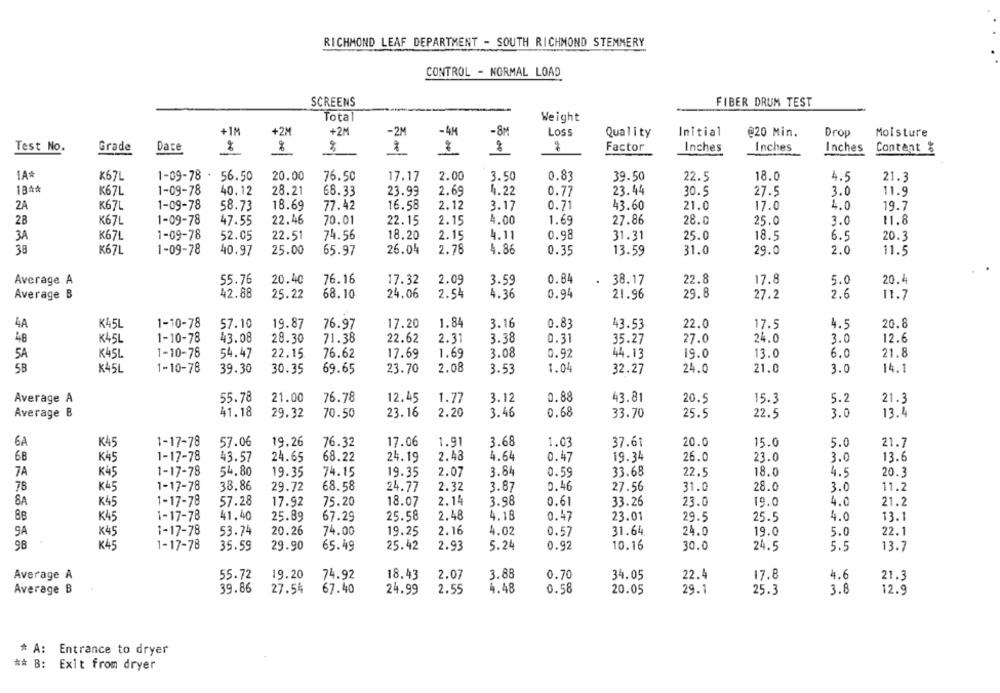
RICHMOND LEAF DEPARTMENT - SOUTH RICHMOND STEMMERY
CONTROL - NORMAL LOAD
SCREENS
FIBER DRUM TEST
Total
Weight
a
+2M
-8M
Loss
Initial
Moisture
+1M
+2M
30
-2M
Quality
@20 Min.
Drop
Test No.
Grade
Date
Factor
Inches
Inches
Inches
Content %
1A
K67L
1-09-78 .
56.50
20.00
76.50
17.17
2.00
3.50
0.83
39.50
22.5
18.0
4.5
21.3
1BA*
K67L
1-09-78
40.12
28.21
68.33
23.99
2.69
4.22
0.77
23.44
30.5
27.5
3.0
11.9
2A
K67L
1-09-78
58.73
18.69
77.42
16.58
2.12
3.17
0.71
43.60
21.0
17.0
4.0
19.7
28
K67L
1-09-78
47.55
22.46
70.01
22.15
2.15
4.00
1.69
27.86
28.0
25.0
3.0
11.8
K67L
1-09-78
52.05
22.51
74.56
18.20
2.15
4.11
0.98
31.31
25.0
18.5
6.5
20.3
3A
38
1-09-78
4.86
2.0
K67L
40.97
25.00
65.97
26.04
2.78
0.35
13.59
31.0
29.0
11.5
Average A
55.76
20.40
76.16
17.32
2.09
3.59
0.84
.
38.17
22.8
17.8
5.0
20.4
Average B
42.88
25.22
68.10
24.06
2.54
4.36
0.94
21.96
29.8
27.2
2.6
11.7
4A
K45L
1-10-78
57.10
19.87
76.97
17.20
1.84
3.16
0.83
43.53
22.0
17.5
4.5
20.8
48
K45L
1-10-78
43.08
28.30
71.38
22.62
2.31
3.38
0.31
35.27
24.0
3.0
12.6
27.0
K45L
1-10-78
54.47
22.15
76.62
17.69
1.69
3.08
0.92
44.13
19.0
13.0
6.0
21.8
5A
5B
2.08
K45L
1-10-78
39.30
30.35
69.65
23.70
3.53
1.04
32.27
24.0
21.0
3.0
14.1
Average A
55.78
21.00
76.78
12.45
1.77
3.12
0.88
43.81
20.5
15.3
5.2
21.3
Average B
41.18
29.32
70.50
23.16
2.20
3.46
0.68
33.70
25.5
22.5
3.0
13.4
6A
K4
1-17-78
57.06
19.26
76.32
17.06
1.91
3.68
1.03
37.61
20.0
15.0
5.0
21.7
6B
K4
1-17-78
43.57
24.65
68.22
24.19
2.48
4.64
0.47
19.34
26.0
23.0
3.0
13.6
18.0
7A
K45
1-17-78
54.80
19.35
74.15
19.35
2.07
3.84
0.59
33.68
22.5
4.5
20.3
78
K45
1-17-78
38.86
29.72
68.58
24.77
2.32
3.87
0.46
27.56
31.0
28.0
3.0
11.2
8A
K45
1-17-78
57.28
17.92
75.20
18.07
2.14
3.98
0.61
33.26
23.0
19.0
4.0
21.2
8B
K45
1-17-78
41.40
25.89
67.29
25.58
2.48
4.18
0.47
23.01
29.5
25.5
4.0
13.1
9A
K45
1-17-78
53.74
20.26
74.00
19.25
2.16
4.02
0.57
31.64
24.0
19.0
5.0
22.1
98
K45
1-17-78
35.59
29.90
65.49
25.42
2.93
5.24
0.92
10.16
30.0
24.5
5.5
13.7
Average A
55.72
19.20
18.43
2.07
3.88
0.70
34.05
22.4
17.8
4.6
74.92
21.3
39.86
27.54
0.58
29.1
Average B
67.40
24.99
2.55
4.48
20.05
25.3
3.8
12.9
* A: Entrance to dryer
** B: Exit from dryer